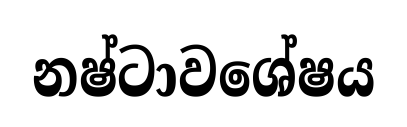
නෂ්ටාවශේෂය